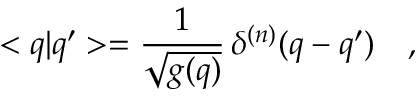
< q | q ^ { \prime } > = \frac { 1 } { \sqrt { g ( q ) } } \, \delta ^ { ( n ) } ( q - q ^ { \prime } ) \ \ \ ,